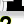
Digit: 2